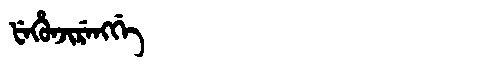
Manchu: ᡶᡝᡥᡠᠨᠵᡳᡵᡝᠩᡤᡝ
Romanization: FEHUNJIRENGGE